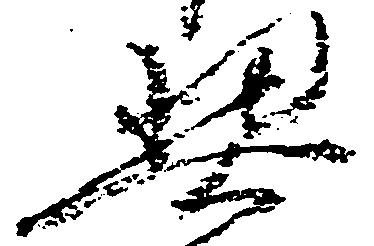
契